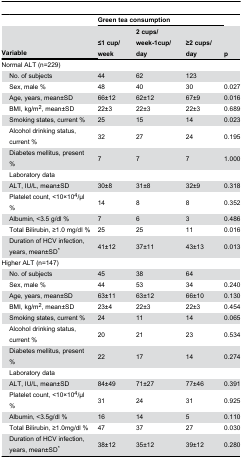
<table><thead><tr><td></td><td></td><td colspan="3"><b>Green tea consumption</b></td><td></td></tr><tr><td colspan="2"><b>Variable</b></td><td><b>≤1 cup/week</b></td><td><b>2 cups/week-1cup/day</b></td><td><b>≥2 cups/day</b></td><td><b>p</b></td></tr></thead><tbody><tr><td colspan="2">Normal ALT (n=229)</td><td></td><td></td><td></td><td></td></tr><tr><td></td><td>No. of subjects</td><td>44</td><td>62</td><td>123</td><td></td></tr><tr><td></td><td>Sex, male %</td><td>48</td><td>40</td><td>30</td><td>0.027</td></tr><tr><td></td><td>Age, years, mean±SD</td><td>66±12</td><td>62±12</td><td>67±9</td><td>0.016</td></tr><tr><td></td><td>BMI, kg/m<sup>2</sup>, mean±SD</td><td>22±3</td><td>22±3</td><td>22±3</td><td>0.689</td></tr><tr><td></td><td>Smoking states, current %</td><td>25</td><td>15</td><td>14</td><td>0.023</td></tr><tr><td></td><td>Alcohol drinking status, current %</td><td>32</td><td>27</td><td>24</td><td>0.195</td></tr><tr><td></td><td>Diabetes mellitus, present %</td><td>7</td><td>7</td><td>7</td><td>1.000</td></tr><tr><td></td><td>Laboratory data</td><td></td><td></td><td></td><td></td></tr><tr><td></td><td>ALT, IU/L, mean±SD</td><td>30±8</td><td>31±8</td><td>32±9</td><td>0.318</td></tr><tr><td></td><td>Platelet count, &lt;10×10<sup>4</sup>/μl %</td><td>14</td><td>8</td><td>8</td><td>0.352</td></tr><tr><td></td><td>Albumin, &lt;3.5 g/dl %</td><td>7</td><td>6</td><td>3</td><td>0.486</td></tr><tr><td></td><td>Total Bilirubin, ≥1.0 mg/dl %</td><td>25</td><td>25</td><td>11</td><td>0.016</td></tr><tr><td></td><td>Duration of HCV infection, years, mean±SD*</td><td>41±12</td><td>37±11</td><td>43±13</td><td>0.013</td></tr><tr><td colspan="2">Higher ALT (n=147)</td><td></td><td></td><td></td><td></td></tr><tr><td></td><td>No. of subjects</td><td>45</td><td>38</td><td>64</td><td></td></tr><tr><td></td><td>Sex, male %</td><td>44</td><td>53</td><td>34</td><td>0.240</td></tr><tr><td></td><td>Age, years, mean±SD</td><td>63±11</td><td>63±12</td><td>66±10</td><td>0.130</td></tr><tr><td></td><td>BMI, kg/m<sup>2</sup>, mean±SD</td><td>23±4</td><td>22±3</td><td>22±3</td><td>0.454</td></tr><tr><td></td><td>Smoking states, current %</td><td>24</td><td>11</td><td>14</td><td>0.065</td></tr><tr><td></td><td>Alcohol drinking status, current %</td><td>20</td><td>21</td><td>23</td><td>0.534</td></tr><tr><td></td><td>Diabetes mellitus, present %</td><td>22</td><td>17</td><td>14</td><td>0.274</td></tr><tr><td></td><td>Laboratory data</td><td></td><td></td><td></td><td></td></tr><tr><td></td><td>ALT, IU/L, mean±SD</td><td>84±49</td><td>71±27</td><td>77±46</td><td>0.391</td></tr><tr><td></td><td>Platelet count, &lt;10×10<sup>4</sup>/μl %</td><td>31</td><td>24</td><td>31</td><td>0.925</td></tr><tr><td></td><td>Albumin, &lt;3.5g/dl %</td><td>16</td><td>14</td><td>5</td><td>0.110</td></tr><tr><td></td><td>Total Bilirubin, ≥1.0mg/dl %</td><td>47</td><td>37</td><td>27</td><td>0.030</td></tr><tr><td></td><td>Duration of HCV infection, years, mean±SD*</td><td>38±12</td><td>35±12</td><td>39±12</td><td>0.280</td></tr></tbody></table>